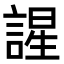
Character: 謃